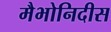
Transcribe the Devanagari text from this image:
मैभोनिदीस